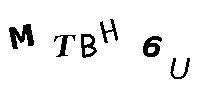
MTBH6U